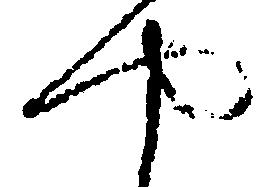
や